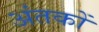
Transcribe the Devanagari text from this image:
अंतकों